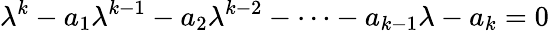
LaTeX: \lambda^{k}-a_{1}\lambda^{k-1}-a_{2}\lambda^{k-2}-\cdots-a_{k-1}\lambda-a_{k}=0